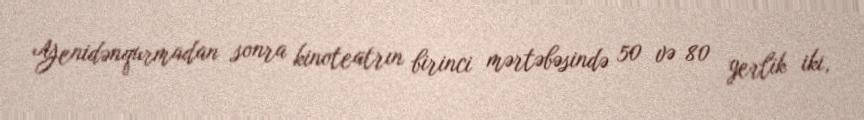
Yenidənqurmadan sonra kinoteatrın birinci mərtəbəsində 50 və 80 yerlik iki,